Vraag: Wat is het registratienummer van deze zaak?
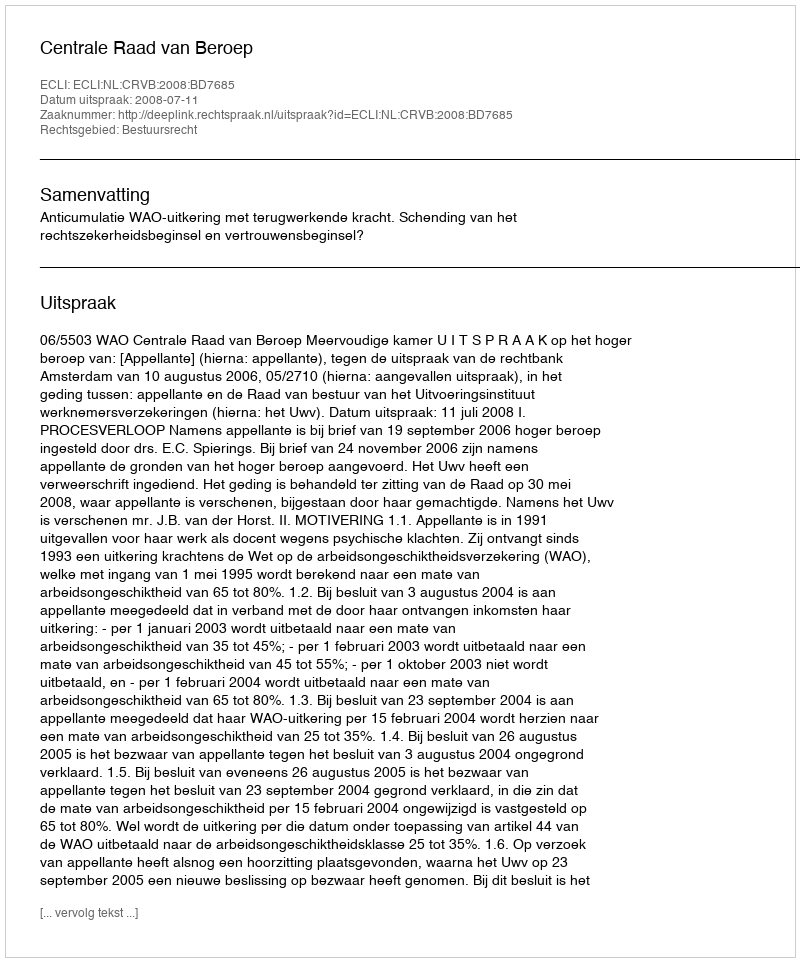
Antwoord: http://deeplink.rechtspraak.nl/uitspraak?id=ECLI:NL:CRVB:2008:BD7685